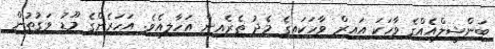
ބަންޝީލްއެއްގެ ވާހަކަ އައިރް ވާހަކައިގެ މެދު ތެރެއިން އަހާލިއެވެ. އަހަރެންގެ މޫޑު ވަގުތުން